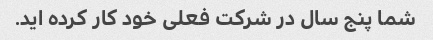
شما پنج سال در شرکت فعلی خود کار کرده اید.